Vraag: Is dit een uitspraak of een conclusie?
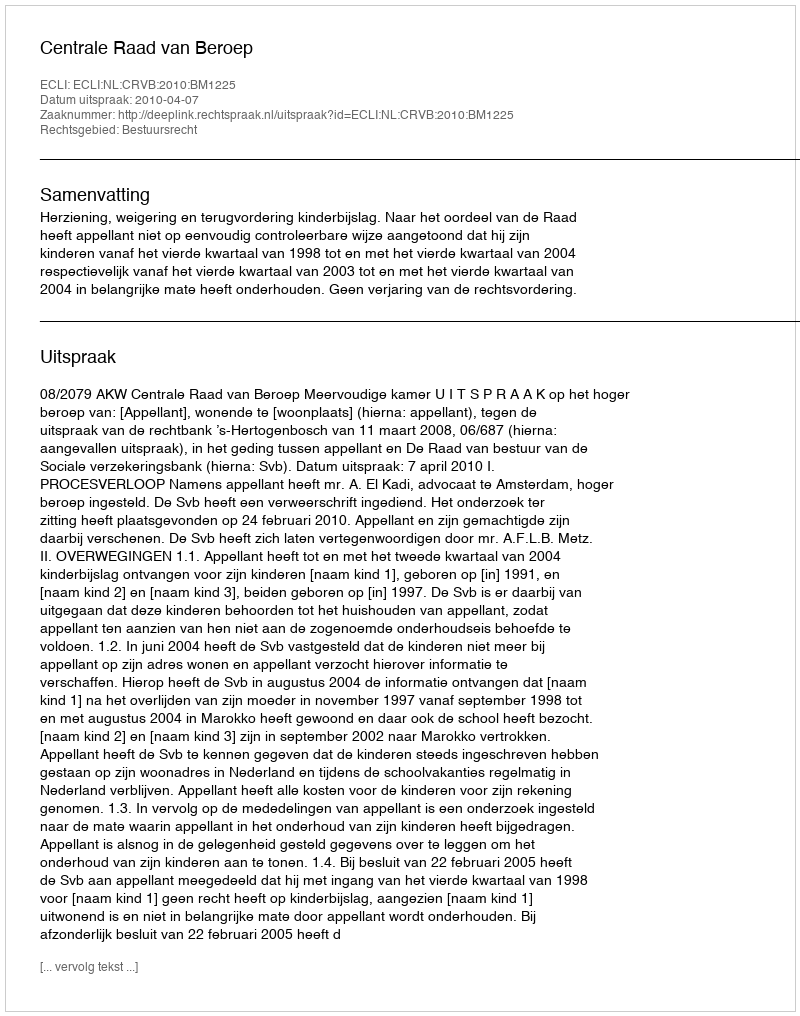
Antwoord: Uitspraak